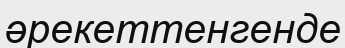
әрекеттенгенде